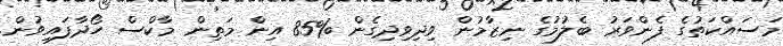
މަސައްކަތުގެ ފެންވަރު ބެލުމުގެ ނިޒާމުން ވިދިވިދިގެން %85 އިން މަތިން މާކްސް ހޯދާފައިވުން.